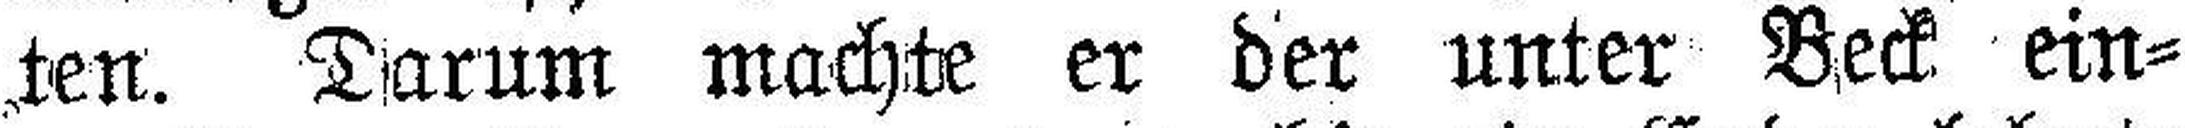
ten. Darum machte er der unter Beck ein¬